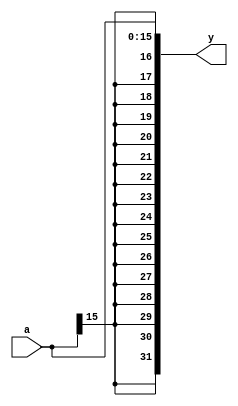

// Module SignExtension 
//  Extenso de sinal, 16 bits --> 32 bits
//
// *teste: Waveform6

module SignExtension(input  wire [15:0] a,
							output wire [31:0] y);
              
  assign y = {{16{a[15]}}, a};
  
endmodule